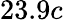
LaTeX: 23.9c